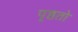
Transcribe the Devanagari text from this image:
पृष्ठतो